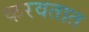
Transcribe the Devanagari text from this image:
करवतात